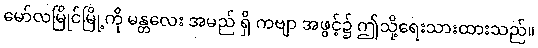
မော်လမြိုင်မြို့ကို မန္တလေး အမည် ရှိ ကဗျာ အဖွင့်၌ ဤသို့ရေးသားထားသည်။